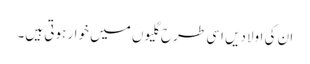
ان کی اولادیں اسی طرح گلیوں میں خوار ہوتی ہیں۔